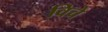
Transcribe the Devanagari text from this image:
विचे